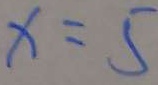
x = 5